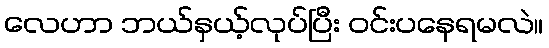
လေဟာ ဘယ်နှယ့်လုပ်ပြီး ဝင်းပနေရမလဲ။